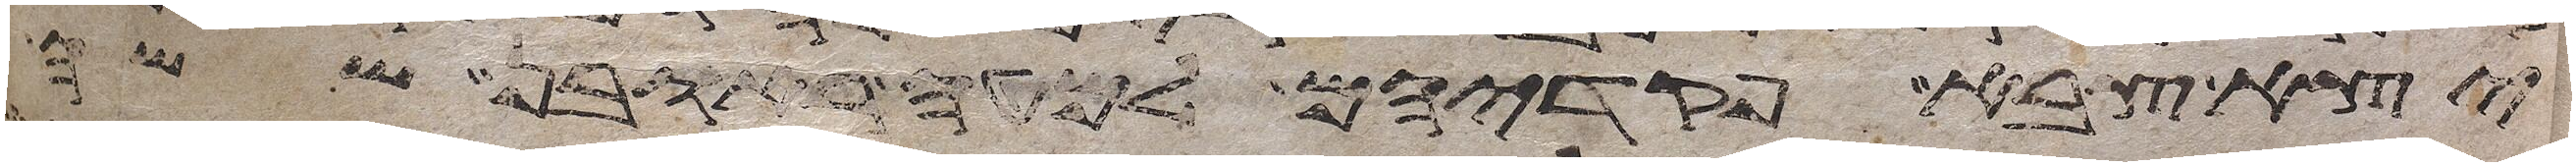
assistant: יצא צבא פקדיהם למטה ראובן ששה